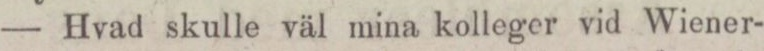
— Hvad skulle väl mina kolleger vid Wiener-